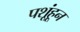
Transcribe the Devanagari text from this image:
पशूंहून